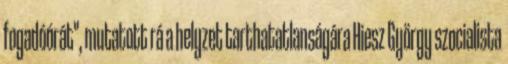
fogadóórát", mutatott rá a helyzet tarthatatlanságára Hiesz György szocialista